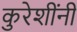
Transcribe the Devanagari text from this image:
कुरेशींनी